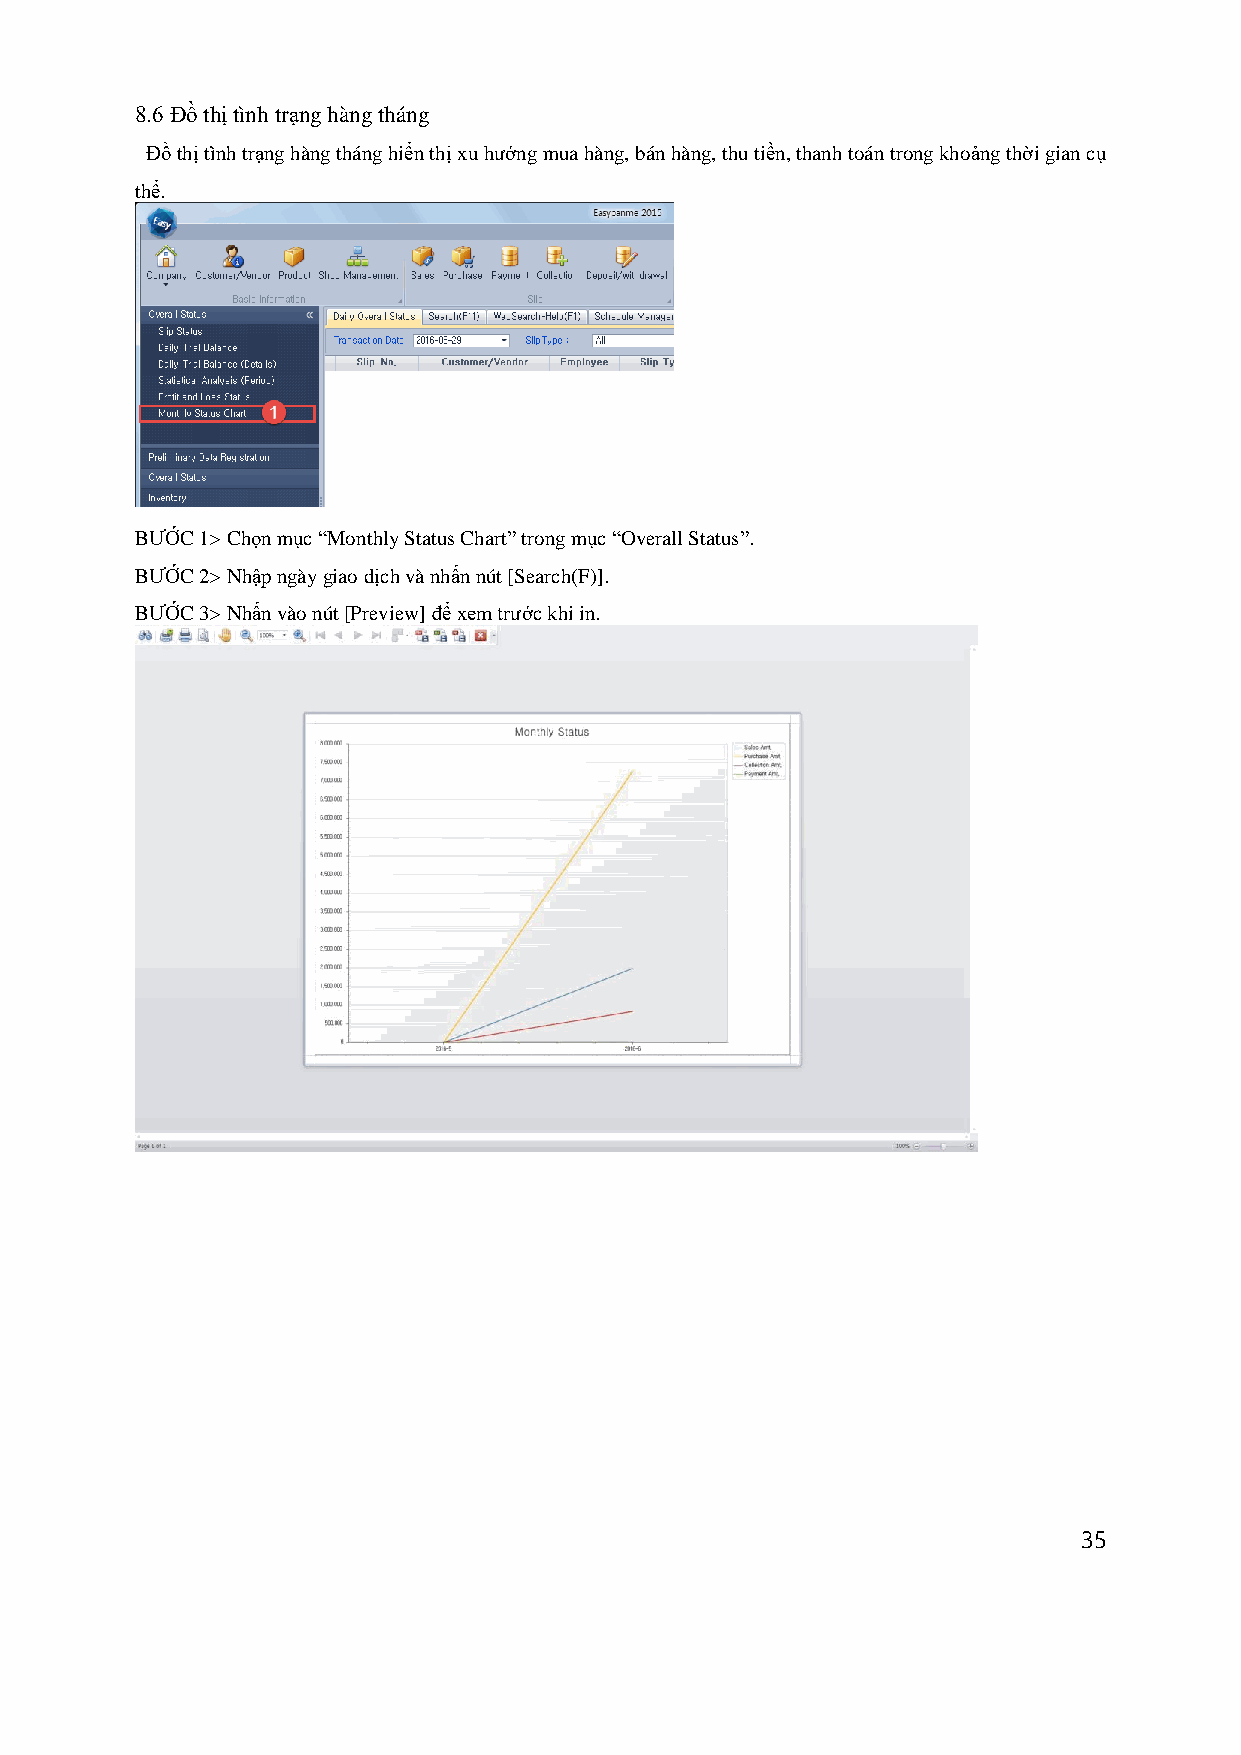
8.6 Đồ thị tình trạng hàng tháng
 Đồ thị tình trạng hàng tháng hiển thị xu hướng mua hàng, bán hàng, thu tiền, thanh toán trong khoảng thời gian cụ
 thể.
 BƯỚC 1> Chọn mục “Monthly Status Chart” trong mục “Overall Status”.
 BƯỚC 2> Nhập ngày giao dịch và nhấn nút [Search(F)].
 BƯỚC 3> Nhấn vào nút [Preview] để xem trước khi in.
 35